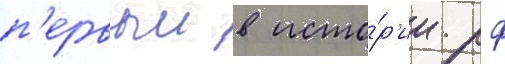
п'ервыи в исто́р'ии рф